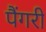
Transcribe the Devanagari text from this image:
पैंगरी